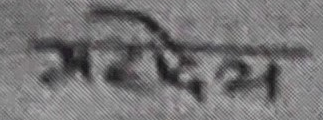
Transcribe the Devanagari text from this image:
महेश